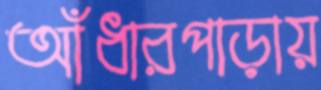
আঁধারপাড়ায়